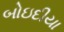
બોઇદીયા